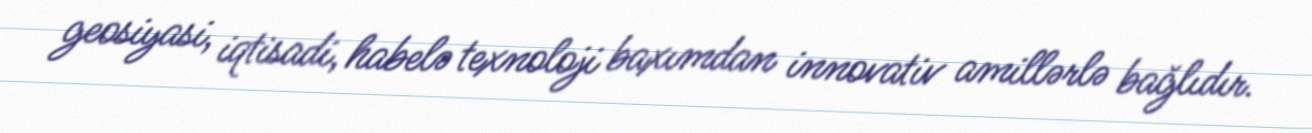
geosiyasi, iqtisadi, habelə texnoloji baxımdan innovativ amillərlə bağlıdır.